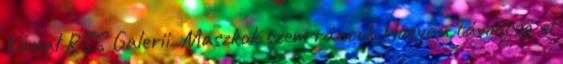
Kanał RSS Galerii. Maszkok szem ráncok Hogyan távolítsa el